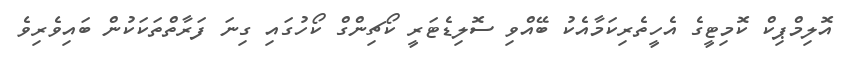
އޮލިމްޕިކް ކޮމިޓީގެ އެހީތެރިކަމާއެކު ބޭއްވި ސޮލިޑެޓަރީ ކޯޗިންގް ކޯހުގައި ގިނަ ފަރާތްތަކަކުން ބައިވެރިވެ